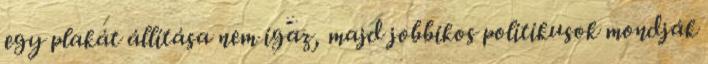
egy plakát állítása nem igaz, majd jobbikos politikusok mondják